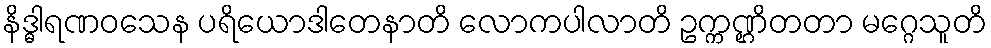
နိဒ္ဓါရဏဝသေန ပရိယောဒါတေနာတိ လောကပါလာတိ ဥက္ကဏ္ဌိတတာ မဂ္ဂေသူတိ